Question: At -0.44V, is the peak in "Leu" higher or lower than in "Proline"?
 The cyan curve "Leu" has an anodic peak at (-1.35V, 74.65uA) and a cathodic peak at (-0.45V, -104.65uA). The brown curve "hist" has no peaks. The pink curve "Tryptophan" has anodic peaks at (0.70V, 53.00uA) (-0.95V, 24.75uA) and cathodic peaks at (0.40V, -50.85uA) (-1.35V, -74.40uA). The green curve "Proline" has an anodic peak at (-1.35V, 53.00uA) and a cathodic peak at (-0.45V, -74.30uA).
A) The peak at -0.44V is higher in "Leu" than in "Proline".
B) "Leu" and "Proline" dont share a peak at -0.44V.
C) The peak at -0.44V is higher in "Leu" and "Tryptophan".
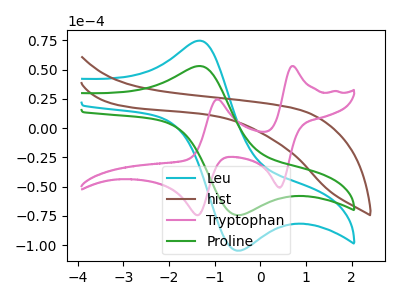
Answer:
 <answer>A) The peak at -0.44V is higher in "Leu" than in "Proline".</answer>
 <eval>A</eval>